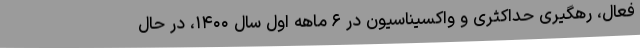
فعال، رهگیری حداکثری و واکسیناسیون در ۶ ماهه اول سال ۱۴۰۰، در حال